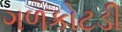
ગળકોટડી